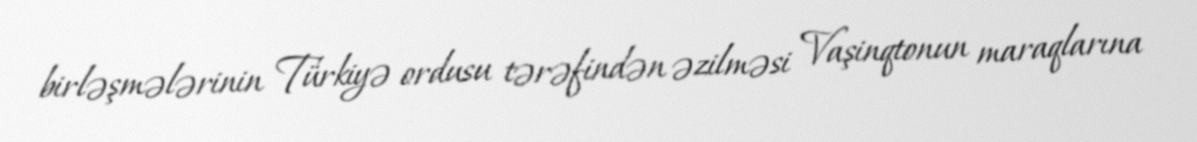
birləşmələrinin Türkiyə ordusu tərəfindən əzilməsi Vaşinqtonun maraqlarına